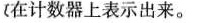
在计数器上表示出来。